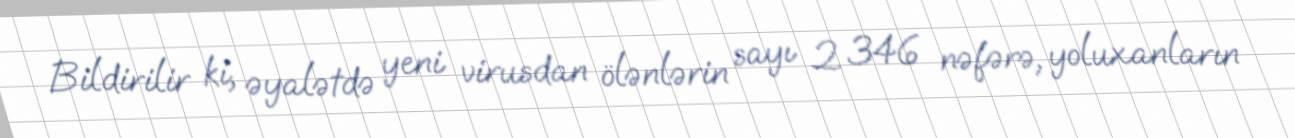
Bildirilir ki, əyalətdə yeni virusdan ölənlərin sayı 2 346 nəfərə, yoluxanların